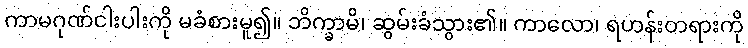
ကာမဂုဏ်ငါးပါးကို မခံစားမူ၍။ ဘိက္ခာမိ၊ ဆွမ်းခံသွား၏။ ကာလော၊ ရဟန်းတရားကို